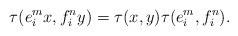
\begin{align*}\tau(e_i^mx,f_i^ny)=\tau(x,y)\tau(e_i^m,f_i^n).\end{align*}